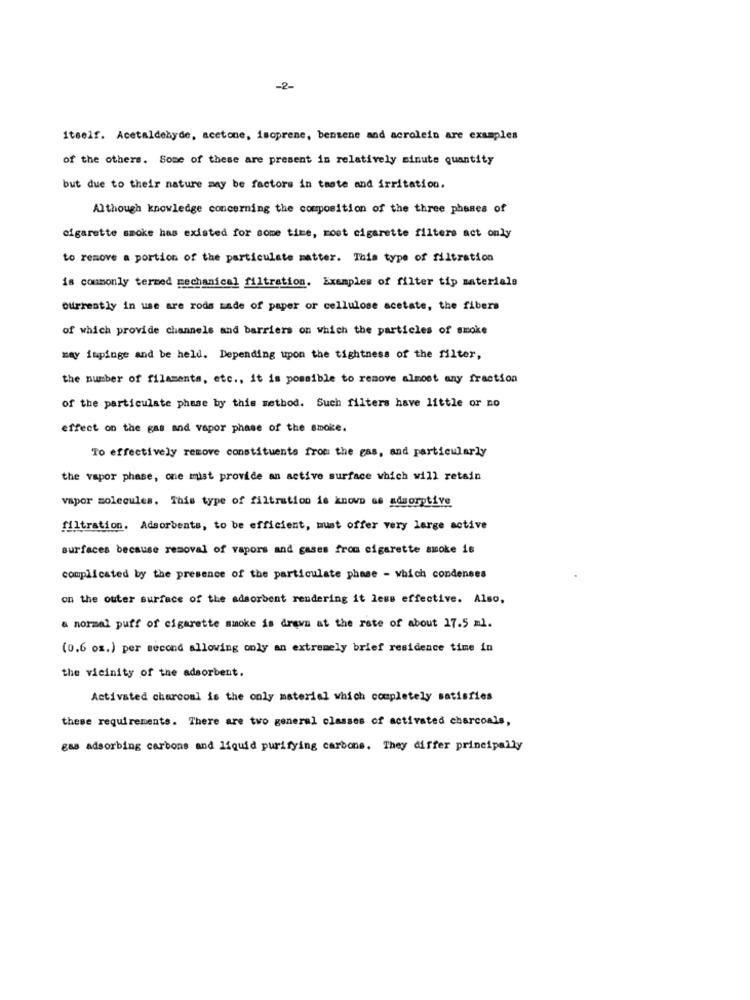
-2-
Itself. Acetaldehyde, acetone, isoprene, benzene and acrolein are examples
of the others. Some of these are present in relatively minute quantity
but due to their nature may be factors in taste and irritation.
Although knowledge concerning the composition of the three phases of
cigarette smoke has existed for some time, most cigarette filters act only
to remove a portion of the particulate matter. This type of filtration
is commonly termed mechanical filtration. Examples of filter tip materials
Currently in use are rods made of paper or cellulose acetate, the fibers
of which provide channels and barriers on which the particles of smoke
may impinge and be held. Depending upon the tightness of the filter,
the number of filaments, etc ., it is possible to remove almost any fraction
of the particulate phase by this method. Such filters have little or no
effect on the gas and vapor phase of the smoke.
To effectively remove constituents from the gas, and particularly
the vapor phase, one mist provide an active surface which will retain
vapor molecules. This type of filtration is known as adsorptive
filtration. Adsorbents, to be efficient, must offer very large active
surfaces because removal of vapors and gases from cigarette smoke is
complicated by the presence of the particulate phase - which condenses
on the outer surface of the adsorbent rendering it less effective. Also,
a normal puff of cigarette smoke is drawn at the rate of about 17.5 ml.
(0.6 om.) per second allowing only an extremely brief residence time in
the vicinity of the adsorbent.
Activated charcoal is the only material which completely satisfies
these requirements. There are two general classes of activated charcoals,
gas adsorbing carbons and liquid purifying carbone. They differ principally